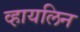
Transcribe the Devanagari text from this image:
व्हायलिन